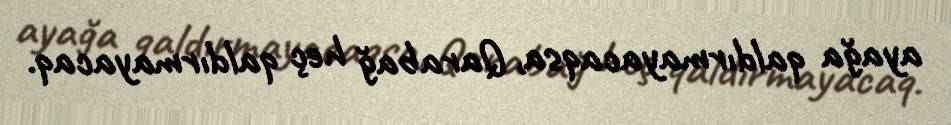
ayağa qaldırmayacaqsa, Qarabağ heç qaldırmayacaq.